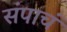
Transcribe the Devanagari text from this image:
संपाचं